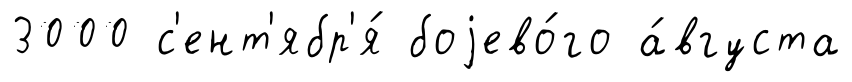
3000 с'ент'ябр'я́ боjево́го а́вгуста